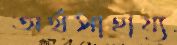
অর্থসাহায্য